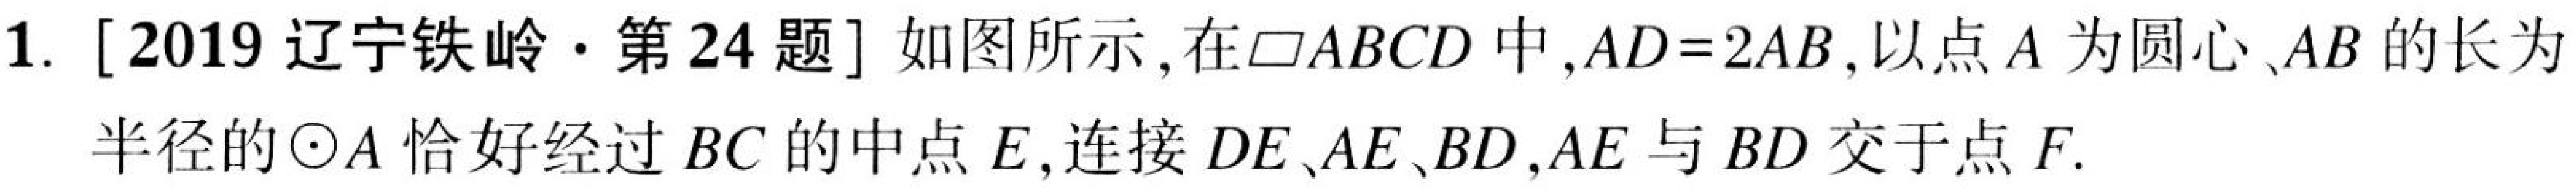
1. [2019 辽宁铁岭·第 24 题] 如图所示，在$\square ABCD$中，$AD = 2AB$，以点$A$为圆心、$AB$的长为半径的$\odot A$恰好经过$BC$的中点$E$，连接$DE、AE、BD$，$AE$与$BD$交于点$F$.